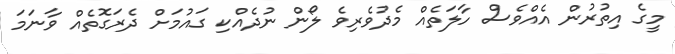
މީގެ އިތުރުން އެއްވެސް ހާލަތެއް މެދުވެރިވެ ލޯން ނުދެއްކި ގައުމަށް ދެރަގޮތެއް ވާނަމަ